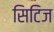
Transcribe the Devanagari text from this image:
सिटिज